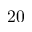
2 0